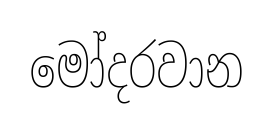
මෝදරවාන